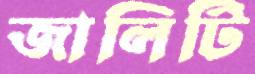
জালিটি